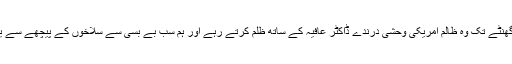
سہراب نے بتایا کہ اس دن دو گھنٹے تک وہ ظالم امریکی وحشی درندے ڈاکٹر عافیہ کے ساتھ ظلم کرتے رہے اور ہم سب بے بسی سے سلاخوں کے پیچھے سے یہ دردناک منظر دیکھتے رہے۔